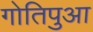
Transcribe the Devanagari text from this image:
गोतिपुआ